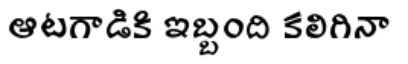
ఆటగాడికి ఇబ్బంది కలిగినా